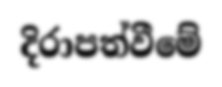
දිරාපත්වීමේ